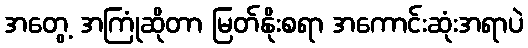
အတွေ့ အကြုံဆိုတာ မြတ်နိုးစရာ အကောင်းဆုံးအရာပဲ